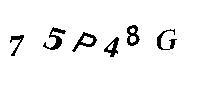
75P48G